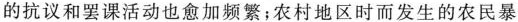
的抗议和罢课活动也愈加频繁；农村地区时而发生的农民暴